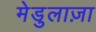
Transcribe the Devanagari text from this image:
मेडुलाज़ा